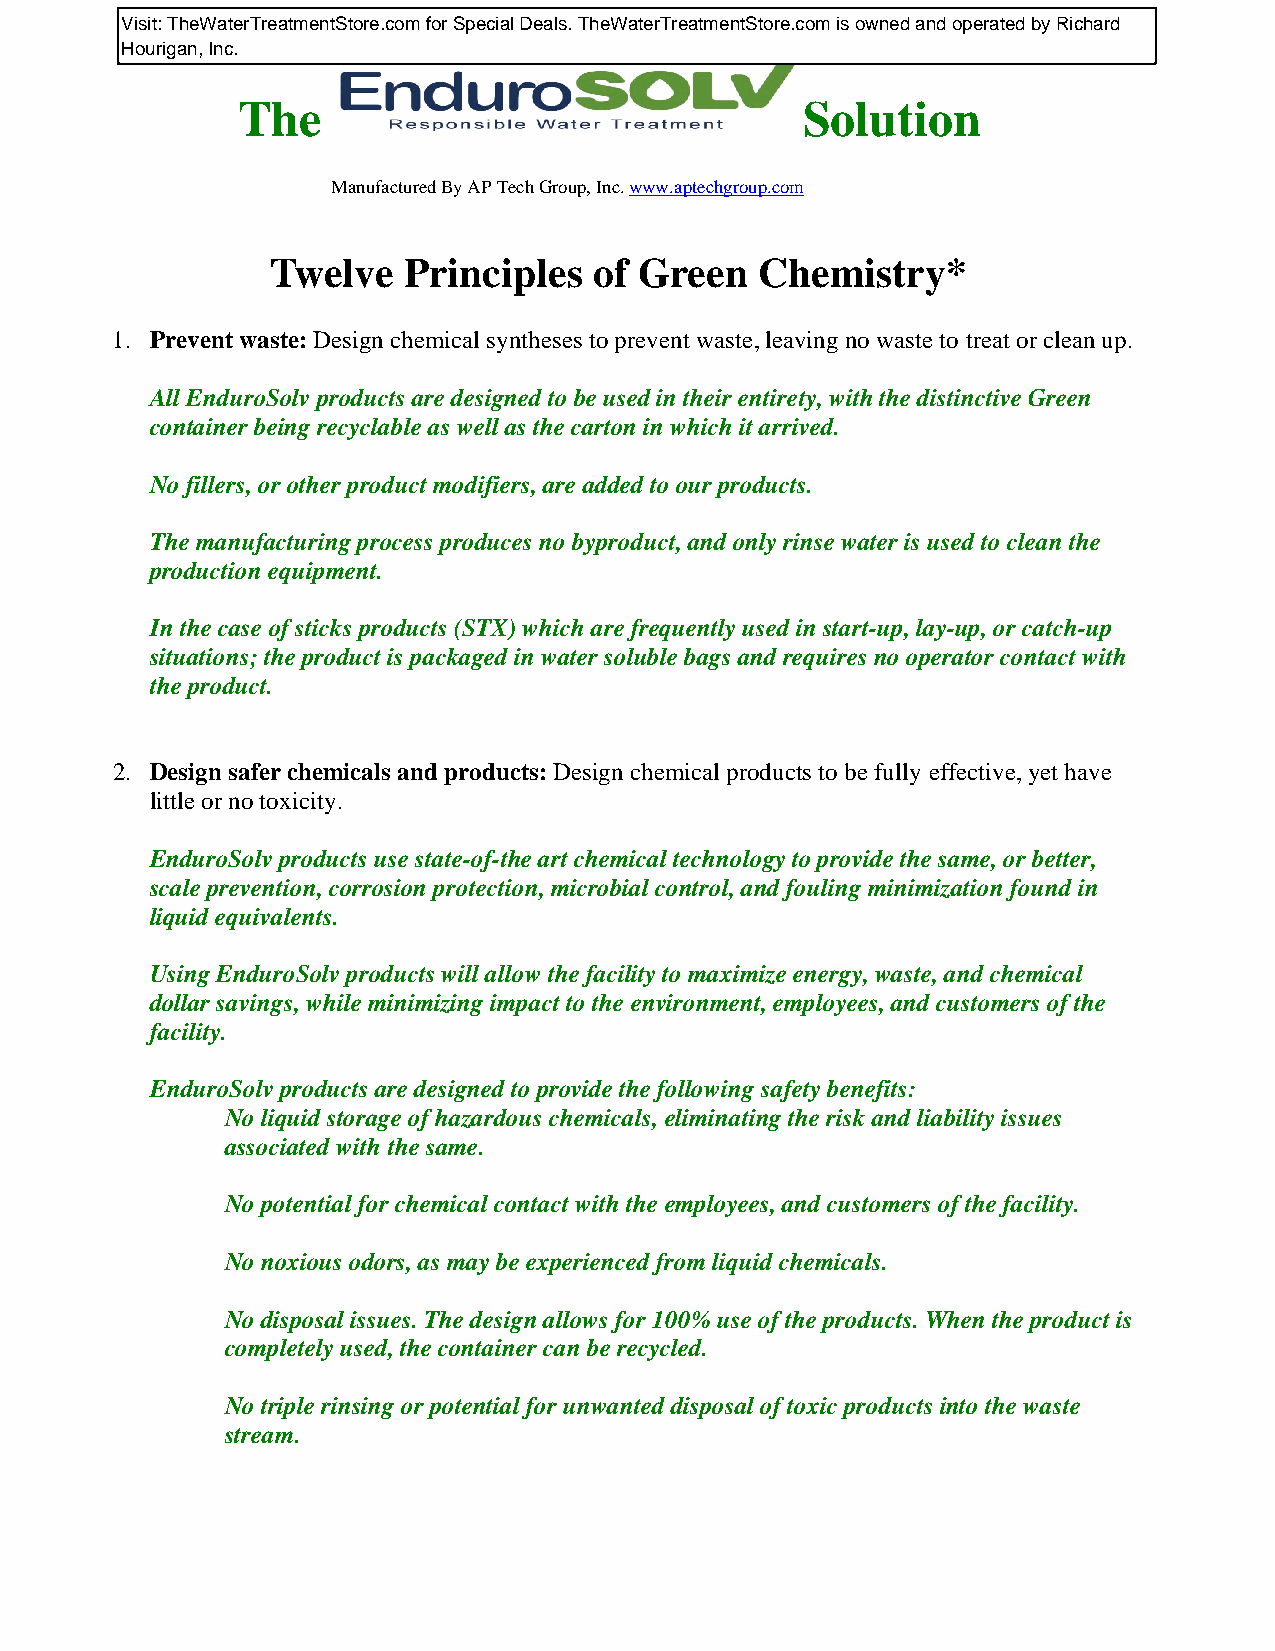
The                                  Solution
 Manufactured By AP Tech Group, Inc. www.aptechgroup.com
 Twelve   Principles  of Green   Chemistry*
 1. Prevent waste: Design chemical syntheses to prevent waste, leaving no waste to treat or clean up.
 All EnduroSolv products are designed to be used in their entirety, with the distinctive Green
 container being recyclable as well as the carton in which it arrived.
 No fillers, or other product modifiers, are added to our products.
 The manufacturing process produces no byproduct, and only rinse water is used to clean the
 production equipment.
 In the case of sticks products (STX) which are frequently used in start-up, lay-up, or catch-up
 situations; the product is packaged in water soluble bags and requires no operator contact with
 the product.
 2. Design safer chemicals and products: Design chemical products to be fully effective, yet have
 little or no toxicity.
 EnduroSolv products use state-of-the art chemical technology to provide the same, or better,
 scale prevention, corrosion protection, microbial control, and fouling minimization found in
 liquid equivalents.
 Using EnduroSolv products will allow the facility to maximize energy, waste, and chemical
 dollar savings, while minimizing impact to the environment, employees, and customers of the
 facility.
 EnduroSolv products are designed to provide the following safety benefits:
 No liquid storage of hazardous chemicals, eliminating the risk and liability issues
 associated with the same.
 No potential for chemical contact with the employees, and customers of the facility.
 No noxious odors, as may be experienced from liquid chemicals.
 No disposal issues. The design allows for 100% use of the products. When the product is
 completely used, the container can be recycled.
 No triple rinsing or potential for unwanted disposal of toxic products into the waste
 stream.